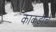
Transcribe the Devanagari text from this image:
काकडीचे